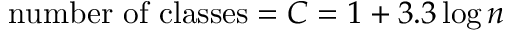
{ \mathrm { n u m b e r ~ o f ~ c l a s s e s } } = C = 1 + 3 . 3 \log n